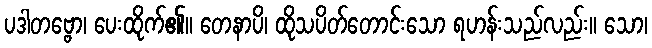
ပဒါတဗ္ဗော၊ ပေးထိုက်၏။ တေနာပိ၊ ထိုသပိတ်တောင်းသော ရဟန်းသည်လည်း။ သော၊